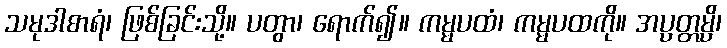
သမုဒါစာရံ၊ ဖြစ်ခြင်းသို့။ ပတွာ၊ ရောက်၍။ ကမ္မပထံ၊ ကမ္မပထကို။ အပ္ပတ္တမ္ပိ၊